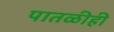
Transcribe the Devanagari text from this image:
पातळीही